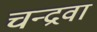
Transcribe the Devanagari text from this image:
चन्द्रवा